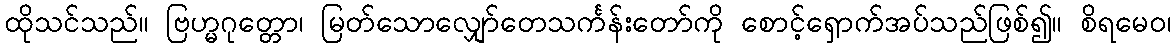
ထိုသင်သည်။ ဗြဟ္မဂုတ္တော၊ မြတ်သောလျှော်တေသင်္ကန်းတော်ကို စောင့်ရှောက်အပ်သည်ဖြစ်၍။ စိရမေဝ၊